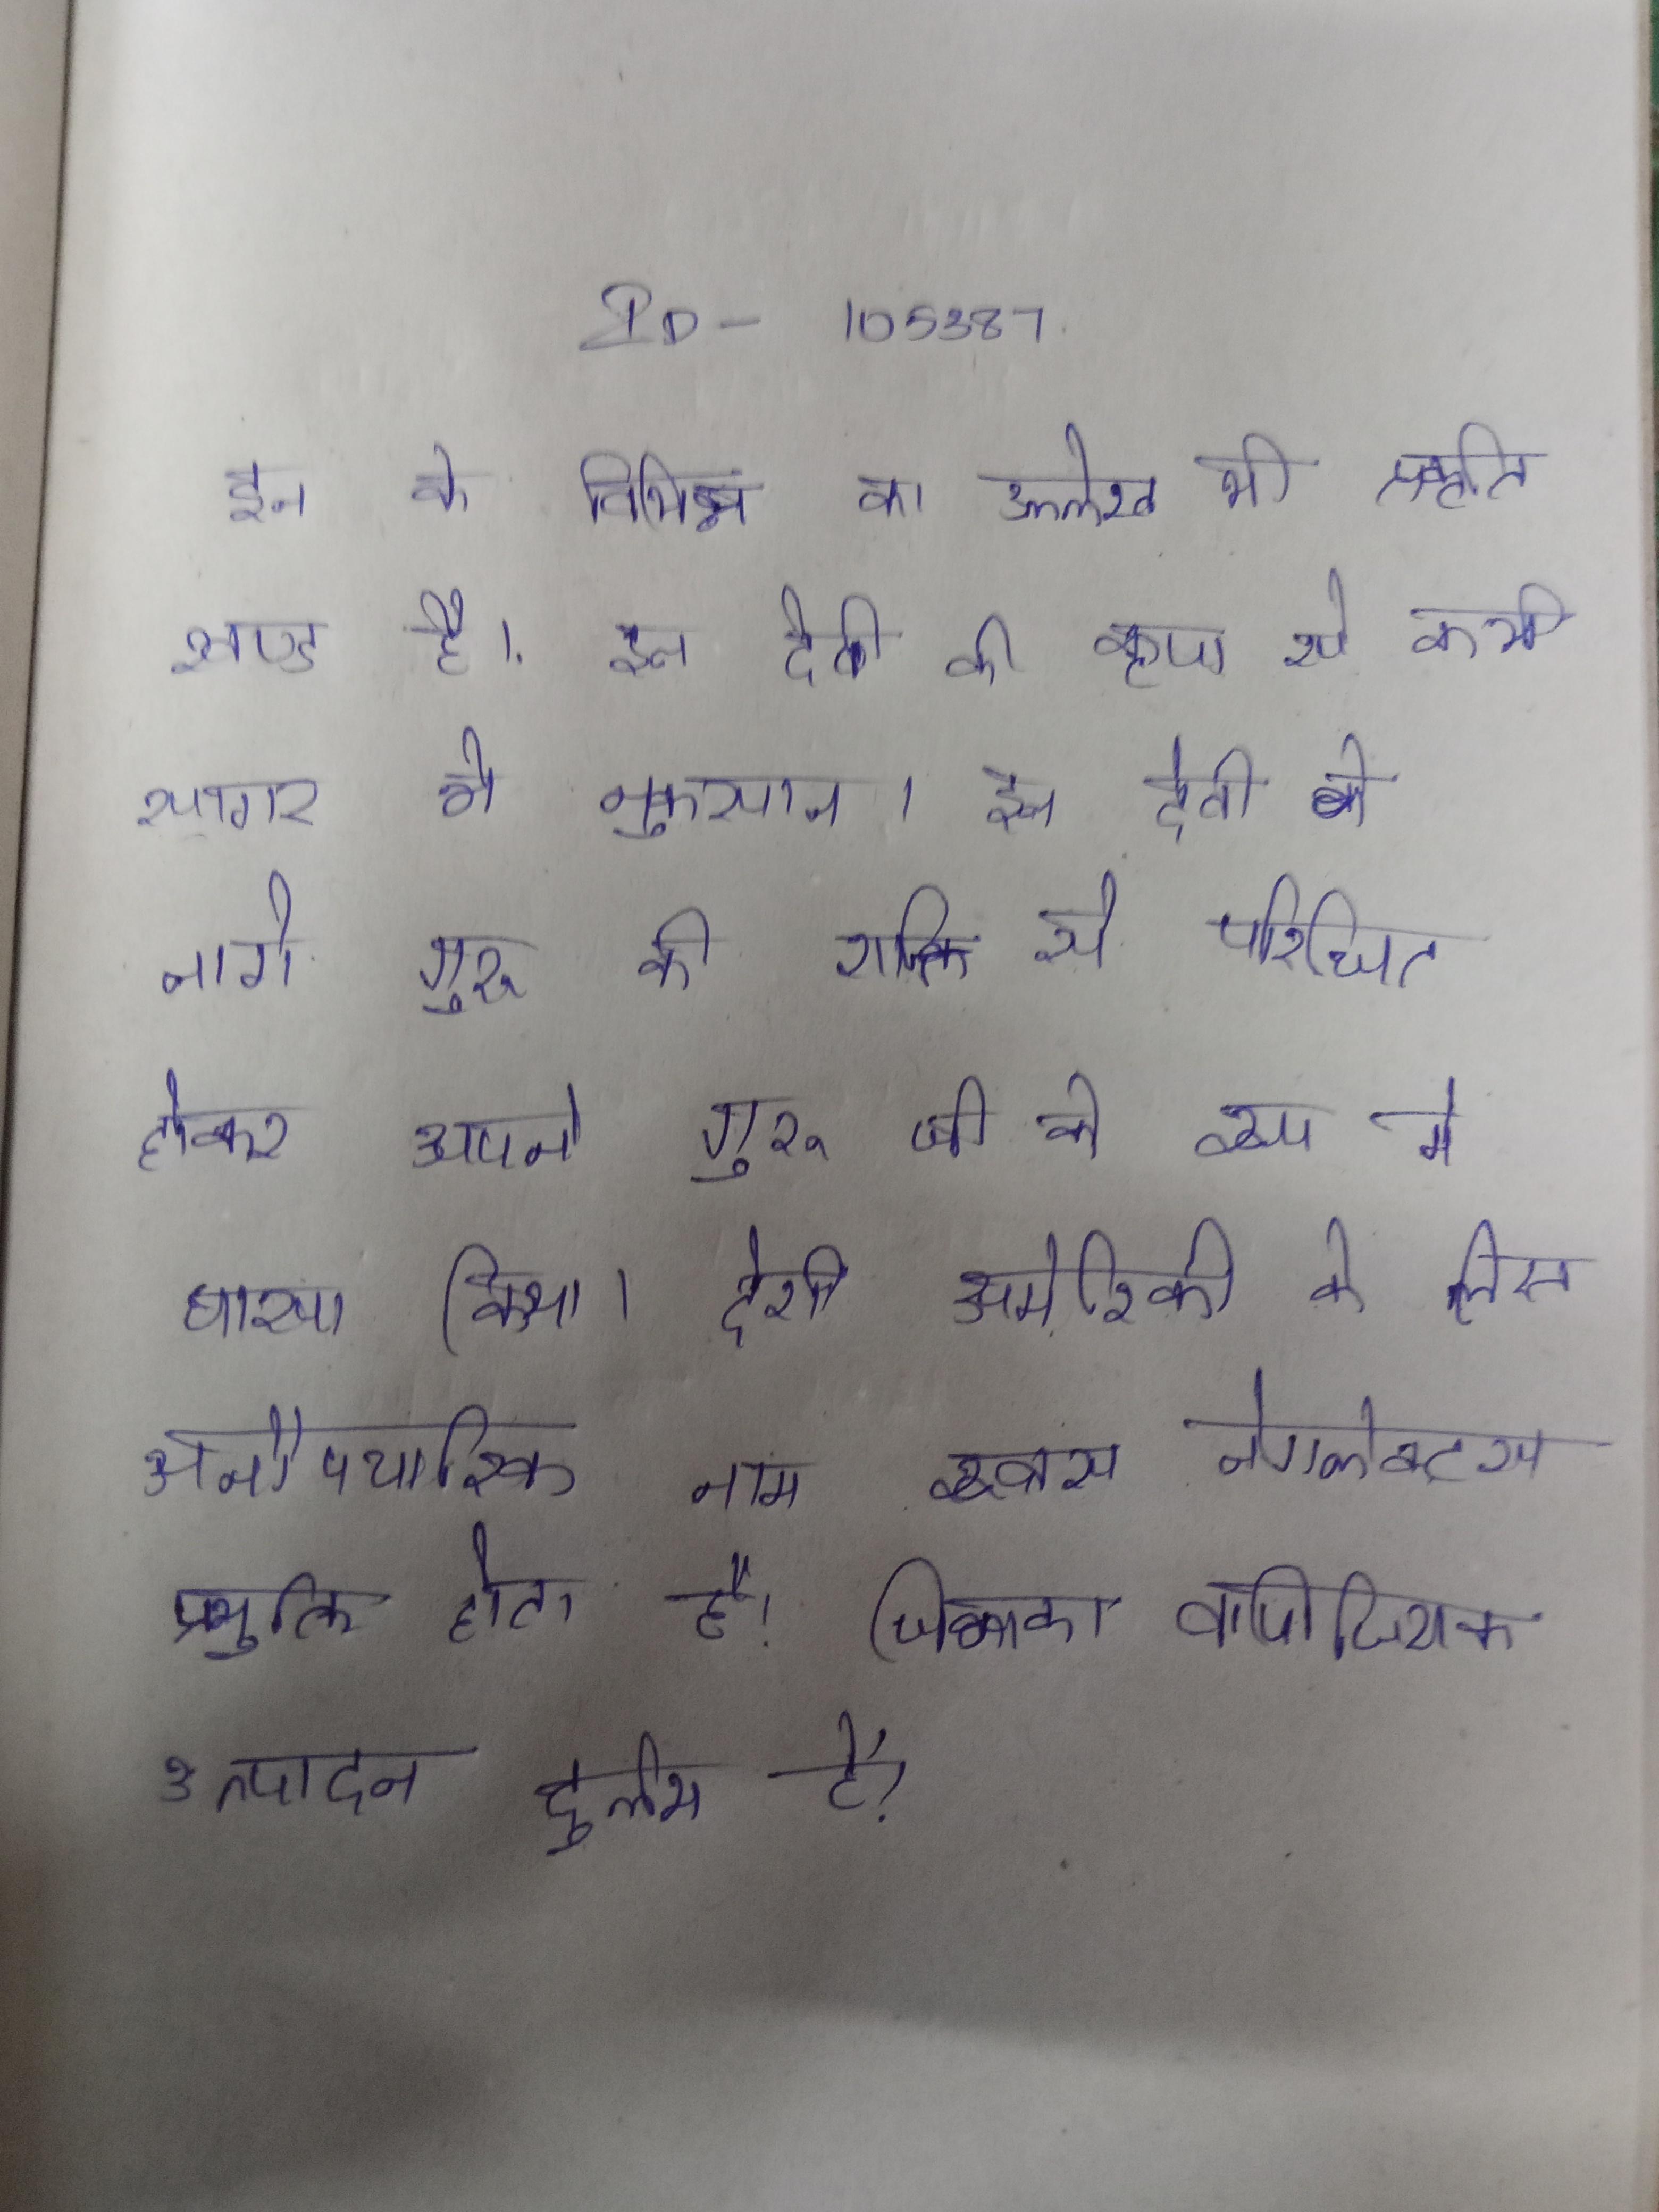
इन के विभिन्न का उल्लेख भी प्रकृति खण्ड है । इन देवी की कृपा से कभी सागर ने नुकसान । इन देवी ने नागे गुरु की शक्ति से परिचित होकर अपने गुरु जी के रूप मे धारण किया । इन ने लक्षित निवारण को तैयार किया है, ने लक्षित निवारण को तैयार किया है " इन देशी अमेरिकी के लिए अनौपचारिक नाम रूबस नेगलेक्टस प्रयुक्त होता है, जिनका वाणिज्यिक उत्पादन दुर्लभ है ।